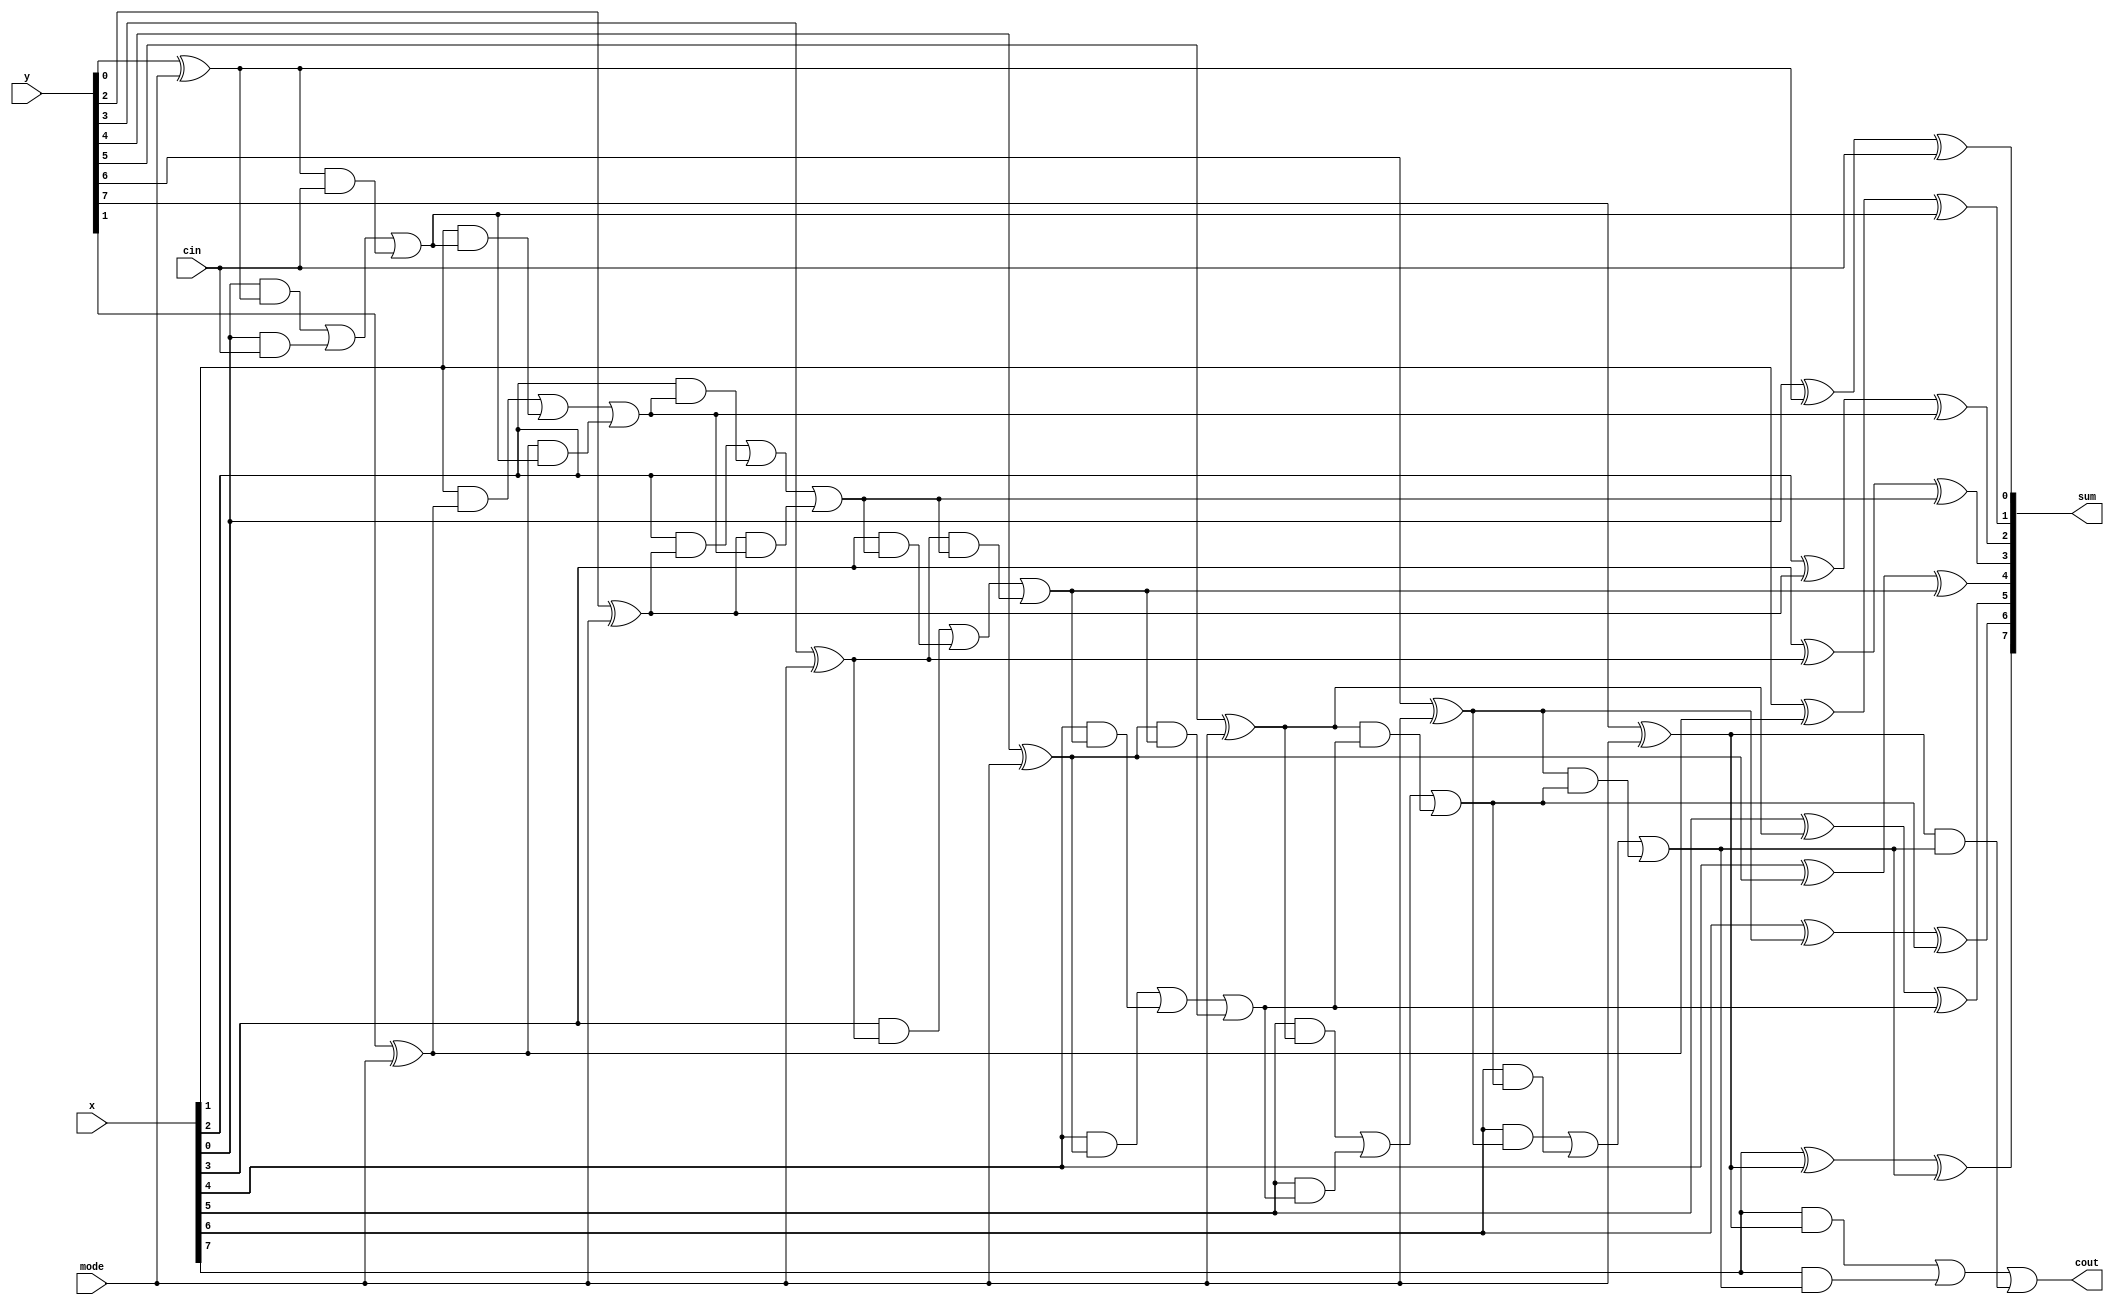
`timescale 1ns / 1ps
module ripple#(parameter bits=8)(
    input [bits-1:0] x,
    input [bits-1:0] y,
    input mode,
    input cin,
    output [bits-1:0] sum,
    output cout
    );
    wire [bits:0] carry;
    wire [bits-1:0] ty;
    
    assign carry[0]=cin;
    assign cout=carry[bits];
    
    generate
    genvar i;
    for (i=0;i<bits;i=i+1) begin:fa
        assign #10 ty[i]= y[i]^mode;
        assign #10 carry[i+1]= x[i]&ty[i] | x[i]&carry[i] | ty[i]&carry[i];
        assign #10 sum[i]= x[i]^ty[i]^carry[i];
    end
    endgenerate
    
endmodule